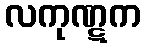
လကုဏ္ဋက